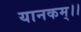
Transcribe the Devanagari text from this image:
यानकम्।।